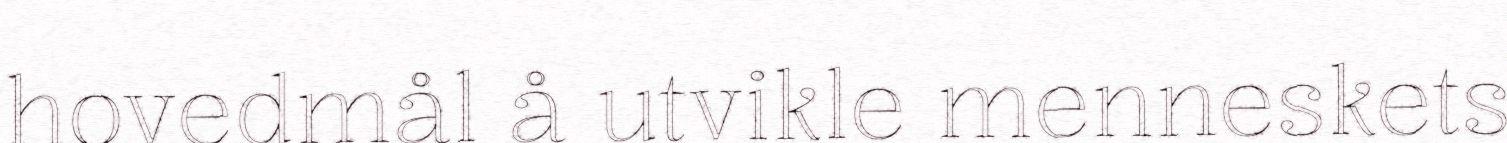
hovedmål å utvikle menneskets